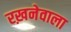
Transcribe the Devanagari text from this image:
रख़नेवाला